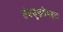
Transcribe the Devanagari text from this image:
तंत्रशुद्धतेबद्दल